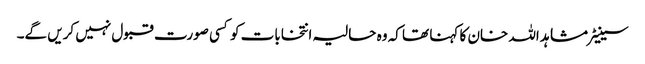
سینیٹر مشاہد اللہ خان کا کہنا تھا کہ وہ حالیہ انتخابات کو کسی صورت قبول نہیں کریں گے۔